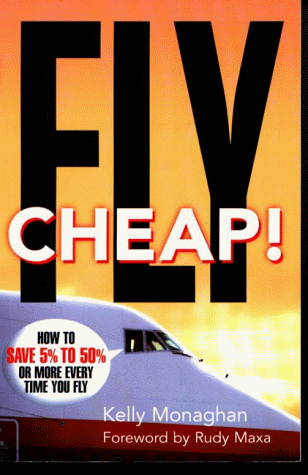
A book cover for Fly Cheap!: How to Save 5% To %50 or More Every Time You Fly; Rudy Monaghan; Travel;